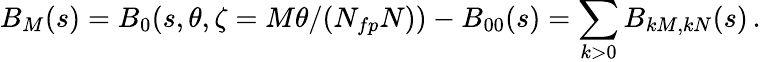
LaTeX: B_{M}(s)=B_{0}(s,\theta,\zeta=M\theta/(N_{fp}N))-B_{00}(s)=\sum_{k>0}B_{kM,kN}(s)\, .